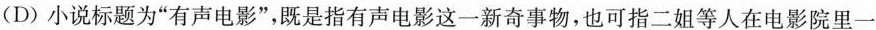
(D)小说标题为”有声电影”，既是指有声电影这一新奇事物，也可指二姐等人在电影院里一